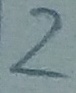
Text: 2